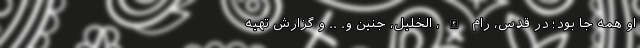
او همه جا بود؛ در قدس، رام الله، الخلیل، جنین و. .. و گزارش تهیه